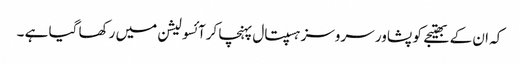
کہ ان کے بھتیجے کو پشاور سروسز ہسپتال پہنچا کرآئسولیشن میں رکھا گیا ہے ۔